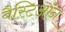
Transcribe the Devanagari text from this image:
बैस्टिऑन